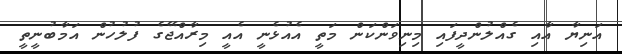
އަނިޔާ އާއި ގެއްލުންދީފައި މިނިވަންކަން މަތީ އެއުޅެނީ އެއީ މިރާއްޖޭގެ ފުލުހުން އަމާބުނީތީ